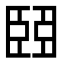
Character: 𦣩